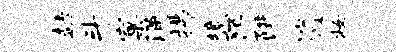
赫斗窠涌拂境陌阱逍妆